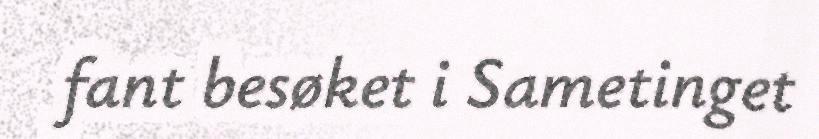
fant besøket i Sametinget